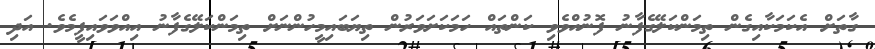
ގާތަށް އެކަމަކާއިގެން ތިމަންކަލޭގެފާނު ފޮނުއްވެވި ކަންތައް ހަމަކަށަވަރުން ތިޔަބައިމީހުންނަށް ތިމަންކަލޭގެފާނު އިއްވަވައިފީމެވެ. އަދި